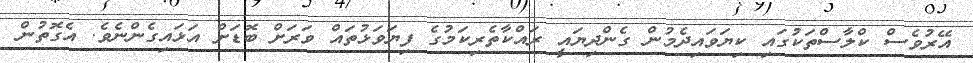
އޭރުވެސް ކްލާސްތަކުގައި ކިޔަވައިދެމުން ގެންދިޔައީ ރައްކާތެރިކަމުގެ ފިޔަވަޅުތައް ވަރަށް ބޮޑަށް އަޅައިގެންނެވެ. އެގޮތުން